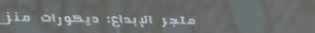
متجر الإبداع: ديكورات منز